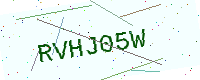
Text: RVHJ05W